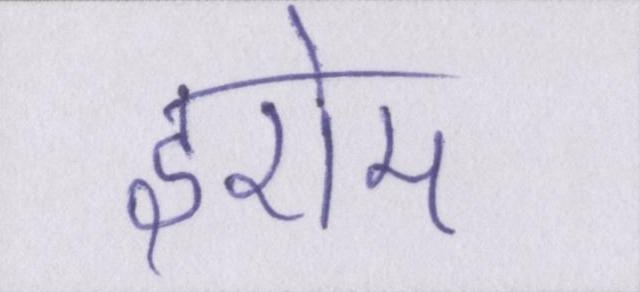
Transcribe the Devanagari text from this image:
इरोम